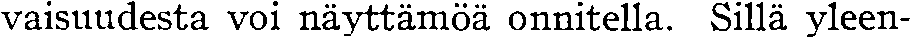
vaisuudesta voi näyttämöä onnitella. Sillä yleen-